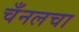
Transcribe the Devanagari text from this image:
चँनलचा